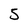
Character: 5